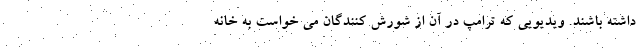
داشته باشند. ویدیویی که ترامپ در آن از شورش کنندگان می خواست به خانه